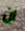
ان